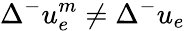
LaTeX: \Delta^{-}u_{e}^{m}\ne\Delta^{-}u_{e}